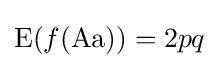
\operatorname {E} (f({\text{Aa}}))=2pq